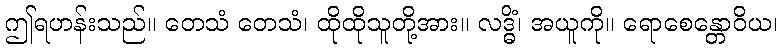
ဤရဟန်းသည်။ တေသံ တေသံ၊ ထိုထိုသူတို့အား။ လဒ္ဓိံ၊ အယူကို။ ရောစေန္တောဝိယ၊